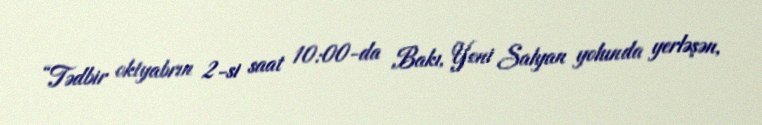
“Tədbir oktyabrın 2-si saat 10:00-da Bakı, Yeni Salyan yolunda yerləşən,